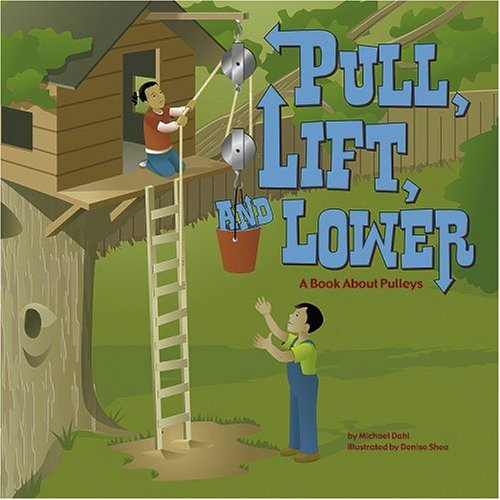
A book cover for Pull, Lift, and Lower: A Book About Pulleys (Amazing Science: Simple Machines); Michael Dahl; Children's Books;